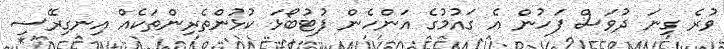
ވުރެ ގިނަ ދުވަސް ފަހުން އެ ގައުމުގެ އަންހެން ފުޓުބޯޅަ ކުޅުންތެރިންތަކެއް އިނގިރޭސި